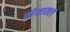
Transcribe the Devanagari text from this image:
खेमामल